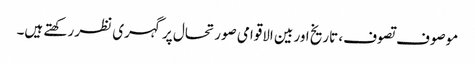
موصوف تصوف، تاریخ اور بین الاقوامی صورتحال پر گہری نظر رکھتے ہیں۔